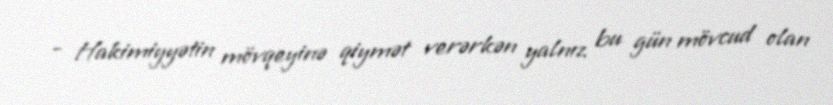
- Hakimiyyətin mövqeyinə qiymət verərkən yalnız bu gün mövcud olan